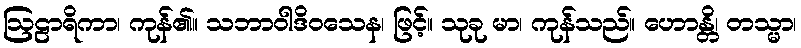
ဩဠာရိကာ၊ ကုန်၏။ သဘာဝါဒိဝသေန၊ ဖြင့်။ သုခု မာ၊ ကုန်သည်။ ဟောန္တိ၊ တသ္မာ၊